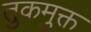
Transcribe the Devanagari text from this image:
तुकमुक्त